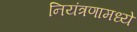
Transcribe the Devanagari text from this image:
नियंत्रणामध्ये